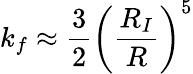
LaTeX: k_{f}\approx\frac{3}{2}\left(\frac{R_{I}}{R}\right)^{5}